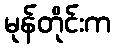
မုန်တိုင်းက